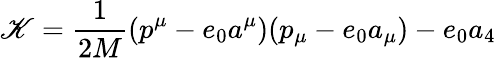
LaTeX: \mathscr{K}=\frac{{1}}{{2M}}(p^{\mu}-e_{0}a^{\mu})(p_{\mu}-e_{0}a_{\mu})-e_{0}a_{4}